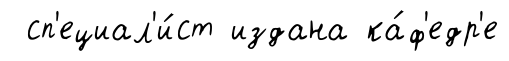
сп'ециал'и́ст издана ка́ф'едр'е